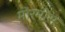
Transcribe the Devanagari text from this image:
मोरमोंस